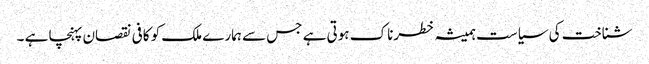
شناخت کی سیاست ہمیشہ خطرناک ہوتی ہے جس سے ہمارے ملک کو کافی نقصان پہنچا ہے ۔